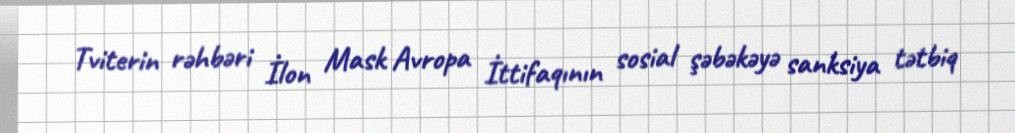
Tviterin rəhbəri İlon Mask Avropa İttifaqının sosial şəbəkəyə sanksiya tətbiq